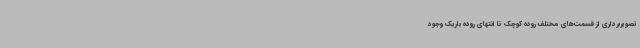
تصویربرداری از قسمت‌های مختلف روده کوچک تا انتهای روده باریک وجود